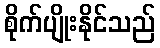
စိုက်ပျိုးနိုင်သည်